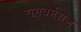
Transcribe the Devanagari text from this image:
रामवर्मराज